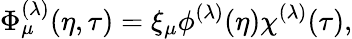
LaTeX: \Phi_{\mu}^{(\lambda)}(\eta,\tau)=\xi_{\mu}\phi^{(\lambda)}(\eta)\chi^{(\lambda)}(\tau),